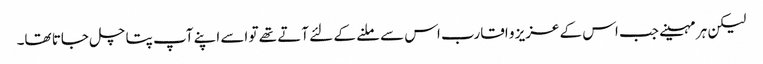
لیکن ہر مہینے جب اس کے عزیز و اقارب اس سے ملنے کے لئے آتے تھے تو اسے اپنے آپ پتا چل جاتا تھا۔